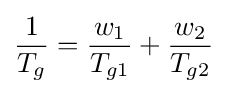
{1 \over T_{g}}={w_{1} \over T_{g1}}+{w_{2} \over T_{g2}}